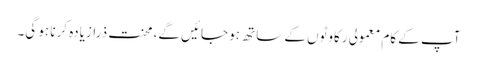
آپ کے کام معمولی رکاوٹوں کے ساتھ ہو جائیں گے، محنت ذرازیادہ کرنا ہو گی۔